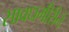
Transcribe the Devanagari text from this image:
सावधगीरीने